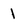
Character: 1